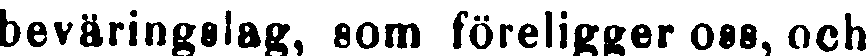
beväringslag, som föreligger oss, och